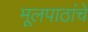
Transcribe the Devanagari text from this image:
मूलपाठांचे